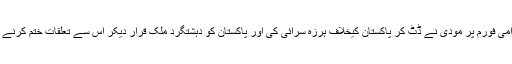
ہر بین الاقوامی فورم پر مودی نے ڈٹ کر پاکستان کیخلاف ہرزہ سرائی کی اور پاکستان کو دہشتگرد ملک قرار دیکر اس سے تعلقات ختم کرنے پر زور دیا۔